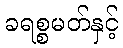
ခရစ္စမတ်နှင့်